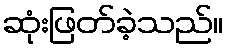
ဆုံးဖြတ်ခဲ့သည်။